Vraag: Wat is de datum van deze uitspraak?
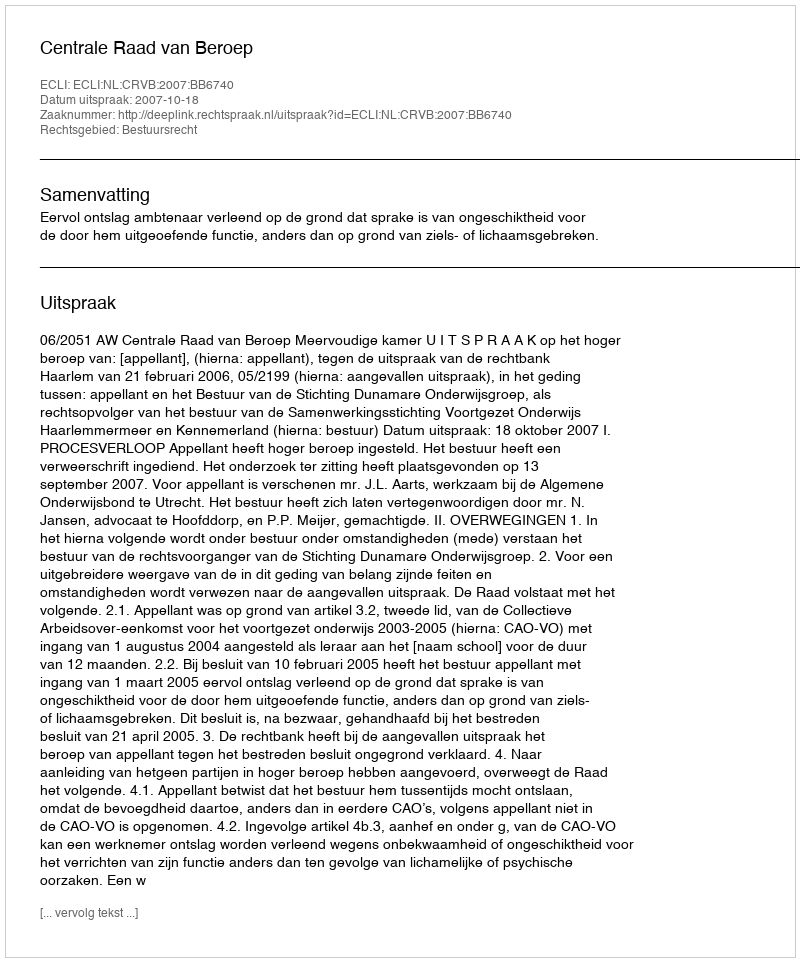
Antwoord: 2007-10-18